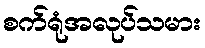
စက်ရုံအလုပ်သမား